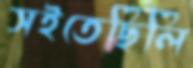
সইতেছিলি